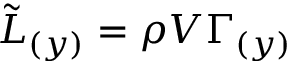
{ \tilde { L } } _ { ( y ) } = \rho V \Gamma _ { ( y ) }